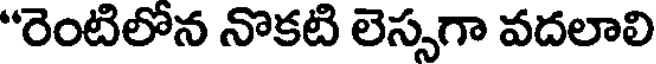
"రెంటిలోన నొకటి లెస్సగా వదలాలి